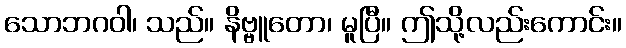
သောဘဂဝါ၊ သည်။ နိဗ္ဗူတော၊ မူပြီ။ ဤသို့လည်းကောင်း။